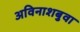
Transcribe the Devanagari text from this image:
अविनाशबुवा